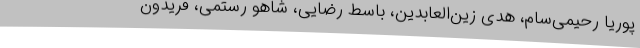
پوریا رحیمی‌سام، هدی زین‌العابدین، باسط رضایی، شاهو رستمی، فریدون